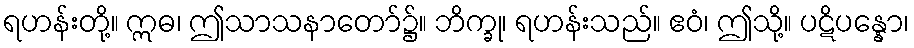
ရဟန်းတို့။ ဣဓ၊ ဤသာသနာတော်၌။ ဘိက္ခု၊ ရဟန်းသည်။ ဧဝံ၊ ဤသို့။ ပဋိပန္နော၊